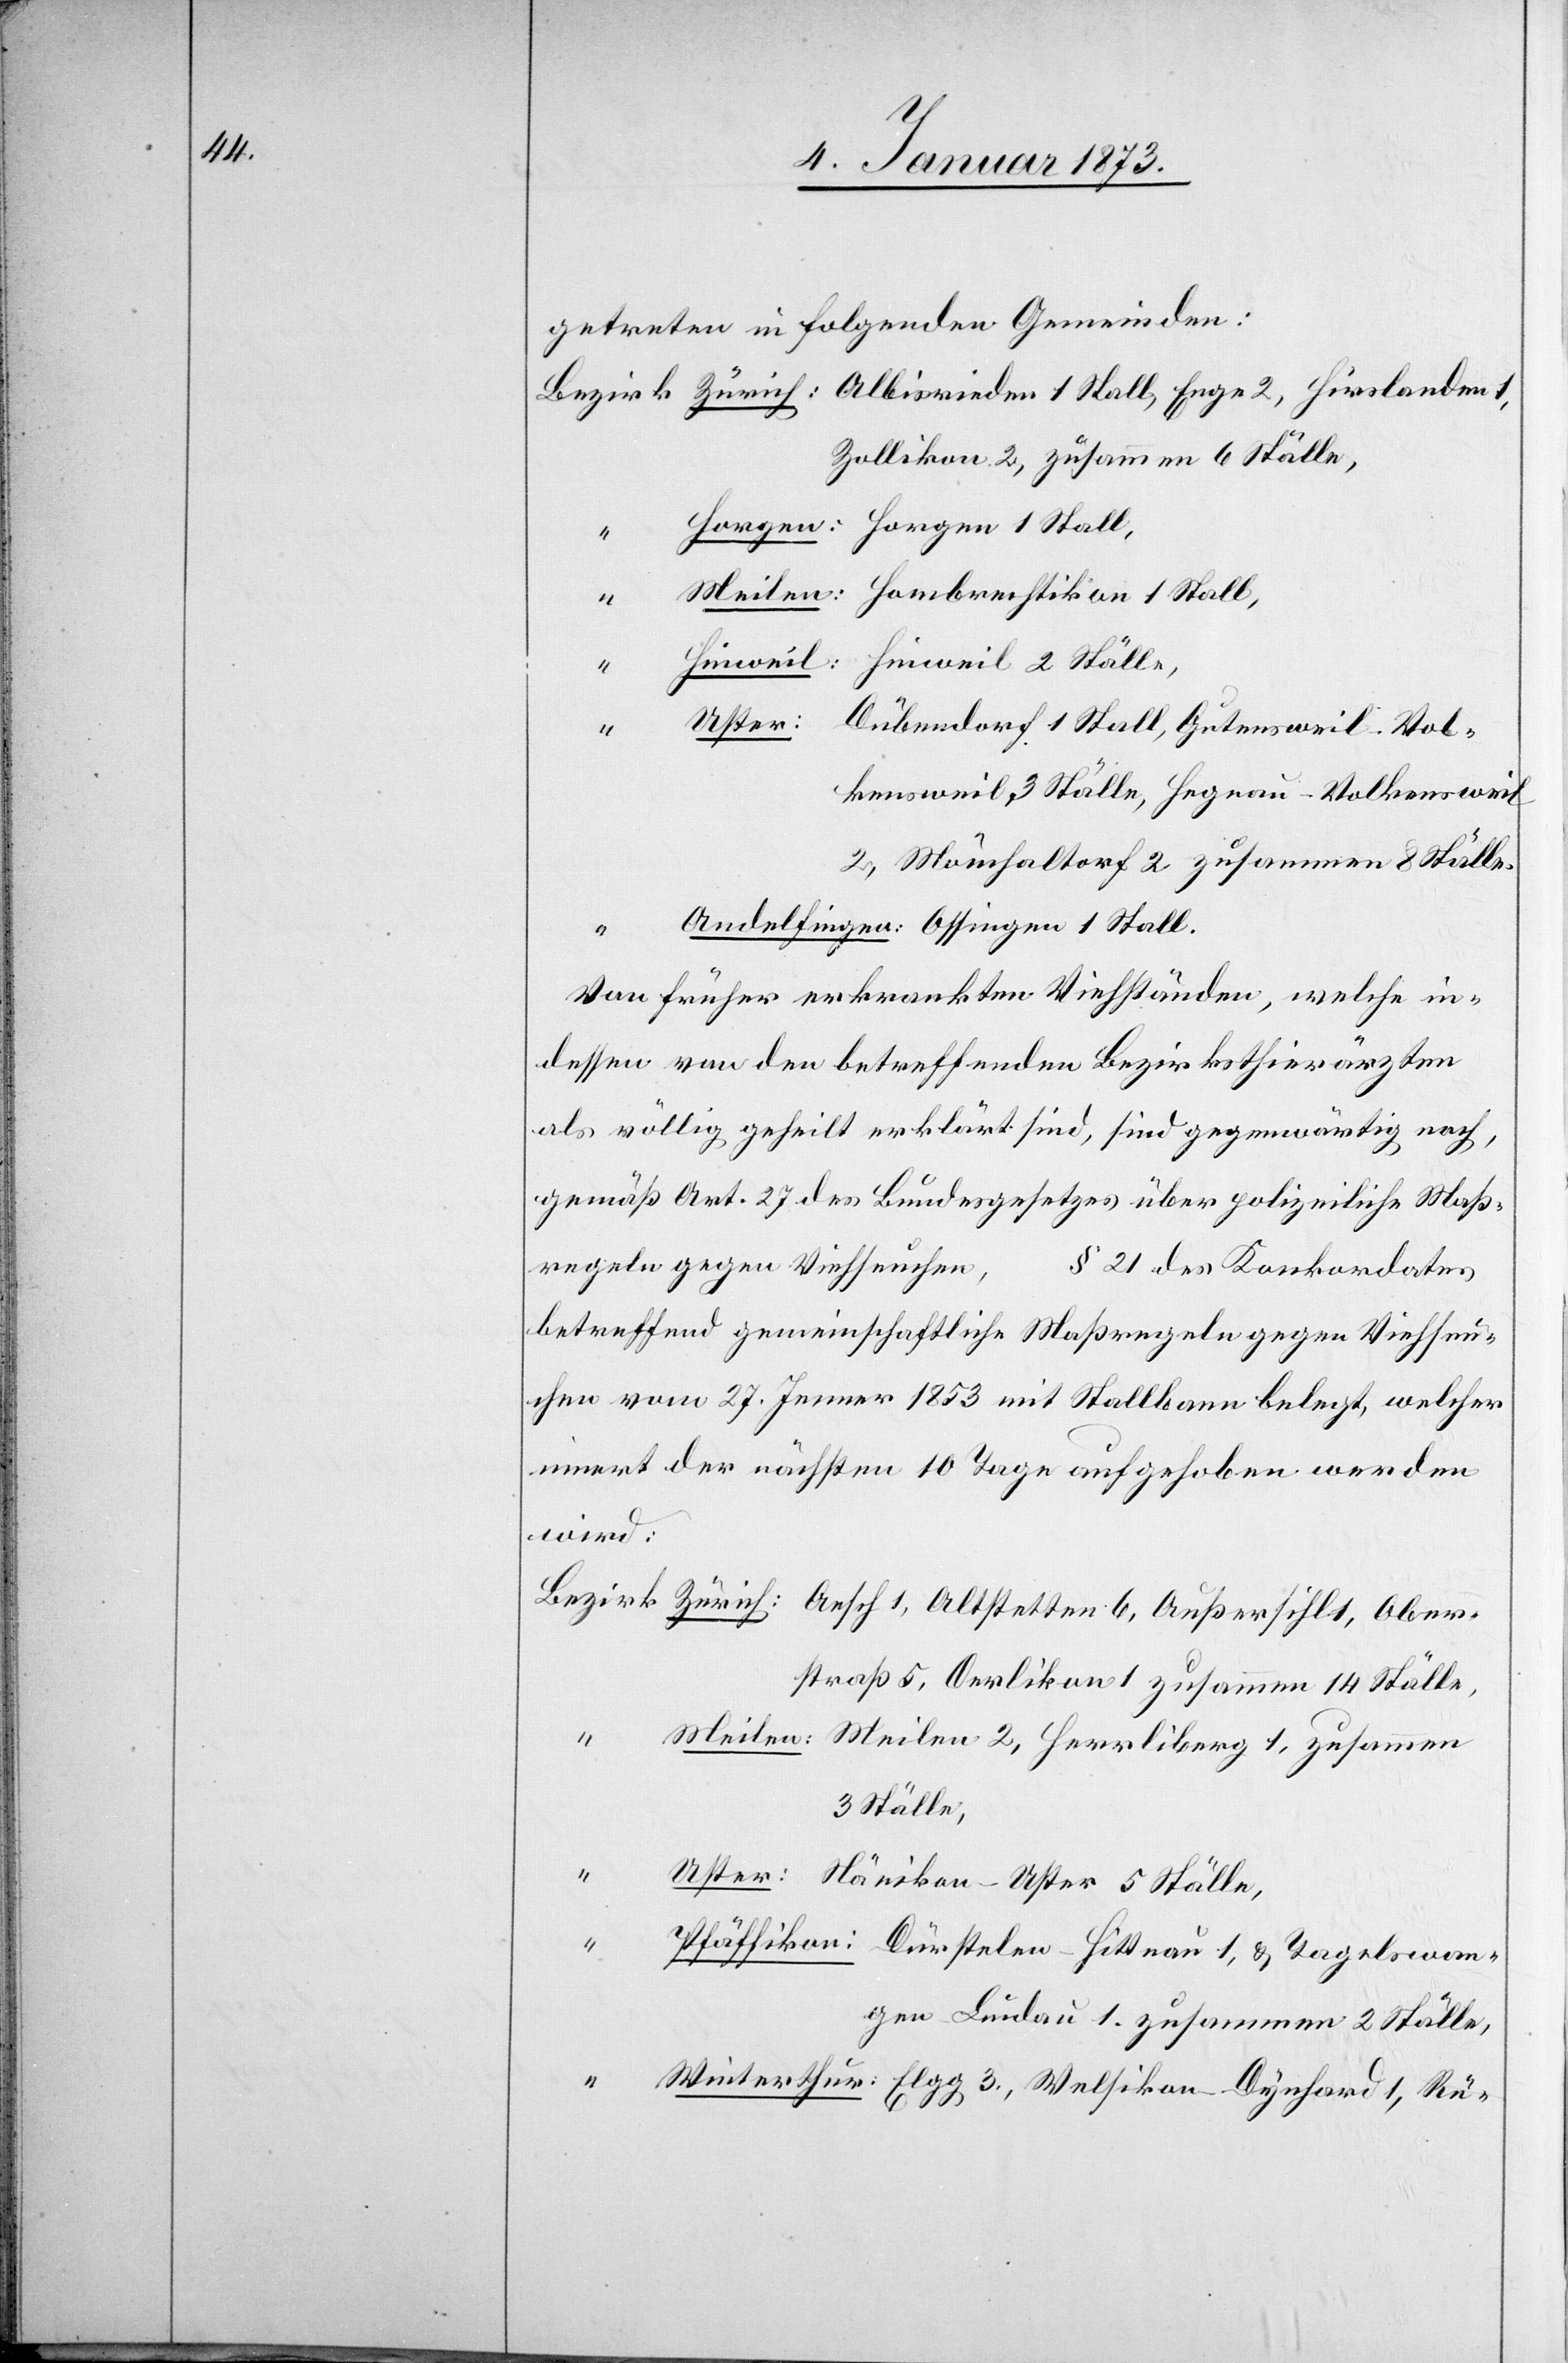
1,
getreten in folgenden Gemeinden:
Bezirk Zürich: 	Albisrieden 1 Stall, Enge 2, Hirslanden
Horgen: 		Horgen 1 Stall,
“
Hombrechtikon 1 Stall,
Meilen:
Hinweil: 		Hinweil 2 Ställe,
“
Uster: 		Dübendorf 1 Stall, Gutensweil-Vol¬
2, Mönchaltorf 2, zusammen 8 Ställe,
Andelfingen: 	Ossingen 1 Stall.
Von früher erkrankten Viehständen, welche in¬
dessen von den betreffenden Bezirksthierärzten
als völlig geheilt erklärt sind, sind gegenwärtig noch,
gemäß Art. 27 des Bundesgesetzes über polizeiliche Maß¬
regeln gegen Viehseuchen,
§ 21 des Konkordates
betreffend gemeinschaftliche Maßregeln gegen Viehseu¬
chen vom 27. Jenner 1853 mit Stallbann belegt, welcher
innert der nächsten 10 Tage aufgehoben werden
wird:
Bezirk Zürich: 	Aesch 1, Altstetten 6, Außersihl 1, Obers¬
ikon 1
Meilen:	Meilen 2, Herrliberg 1, zusammen
3 Ställe,
“
Uster:	Nänikon-Uster 5 Ställe,
Pfäffikon:	Dürstelen-Hittnau 1, & Tagelswan¬
gen-Lindau 1, zusammen 2 Ställe,
“ Winterthur:	Elgg 3., Welsikon-Dynhard 1, Rü-